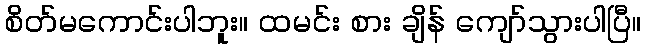
စိတ်မကောင်းပါဘူး။ ထမင်း စား ချိန် ကျော်သွားပါပြီ။